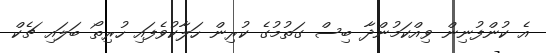
އެ ކުންފުނިން ވިއްކަމުންދާ ބިސް ގަތުމުގެ ކުރިން ހަލާކުވެފައި ހުރިތޯ ބަލައި ޗެކް